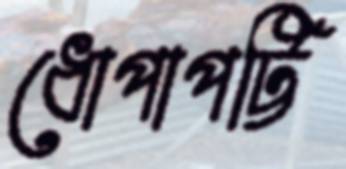
ধোপাপট্টি